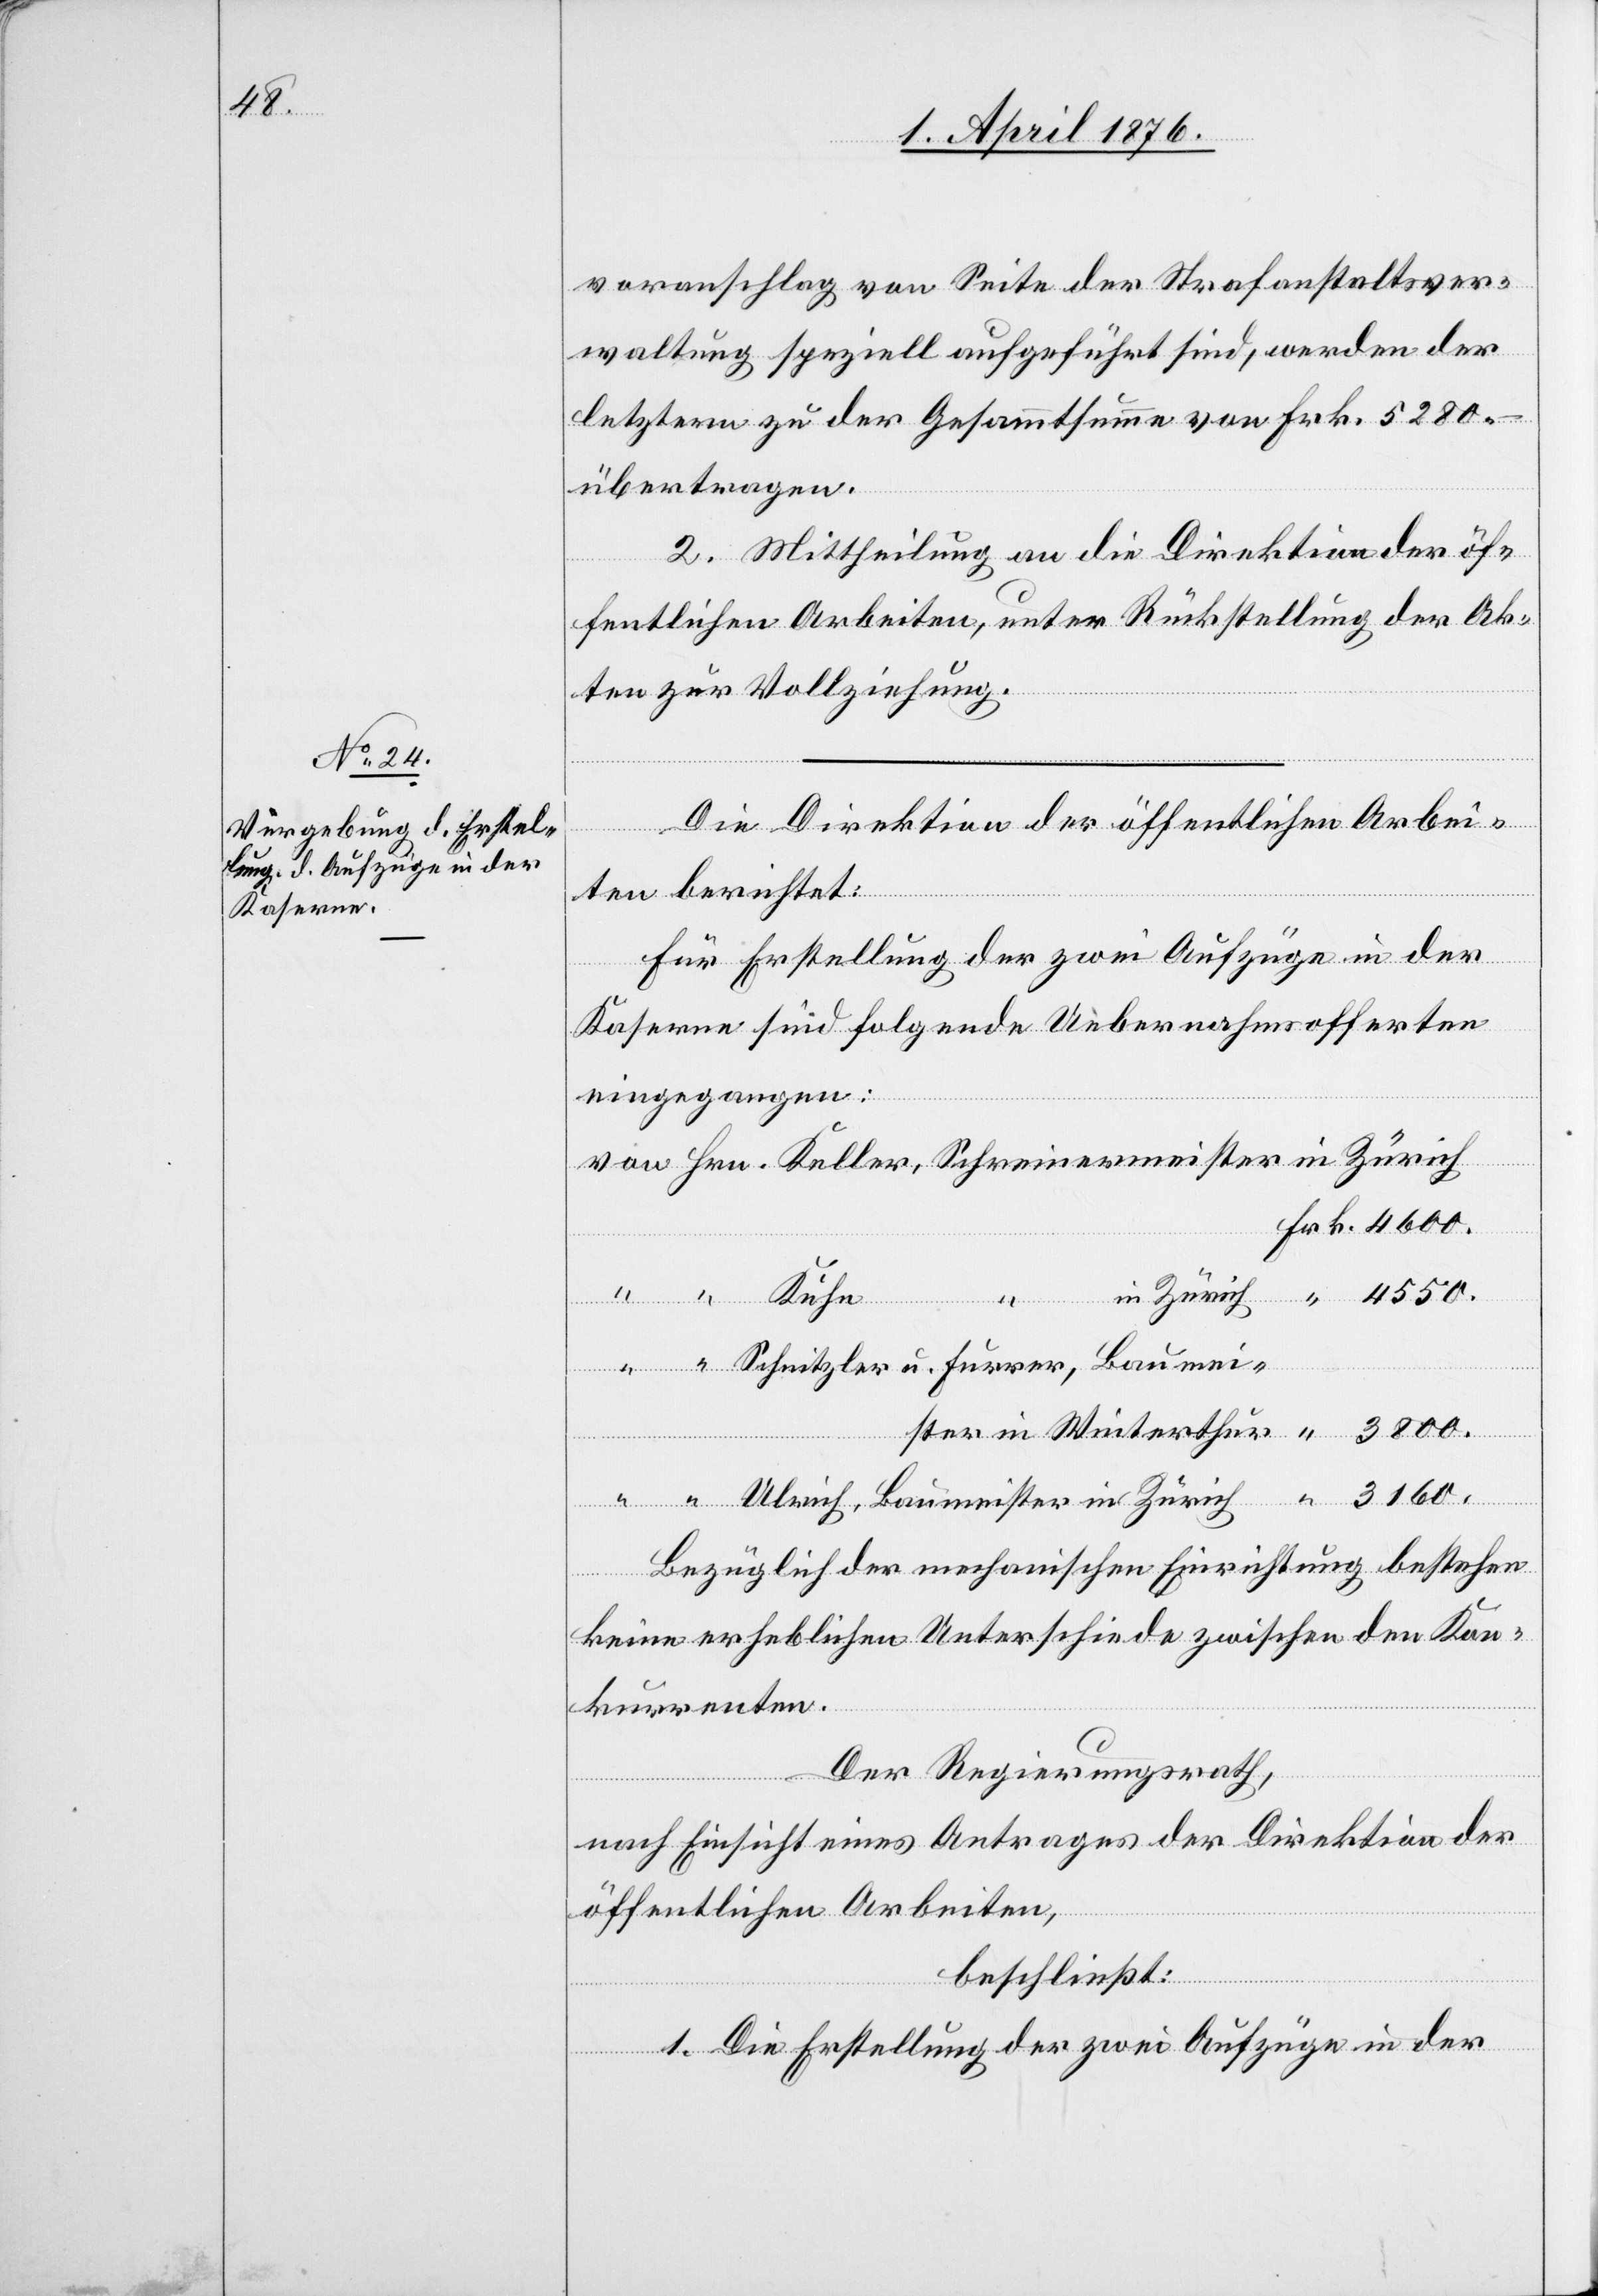
3160.

voranschlag von Seite der Strafanstaltsver¬
waltung speziell aufgeführt sind, werden der
letztern zu der Gesammtsumme von Frk. 5280.–
übertragen.
2. Mittheilung an die Direktion der öf¬
fentlichen Arbeiten, unter Rückstellung der Ak¬
ten zur Vollziehung.
Die Direktion der öffentlichen Arbei¬
in
ten berichtet:
für Erstellung der zwei Aufzüge in der
Kaserne sind folgende Uebernahmsofferten
eingegangen:
Bezüglich der mechanischen Einrichtung bestehen
keine erheblichen Unterschiede zwischen den Kon¬
kurrenten.
Der Regierungsrath,
nach Einsicht eines Antrages der Direktion der
öffentlichen Arbeiten,
beschließt:
1. Die Erstellung der zwei Aufzüge in der
Furrer,